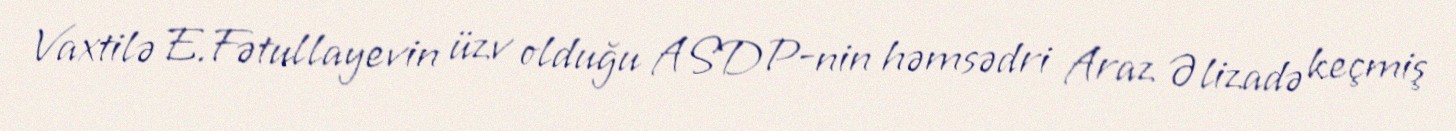
Vaxtilə E.Fətullayevin üzv olduğu ASDP-nin həmsədri Araz Əlizadə keçmiş